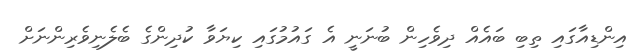
އިންޑިއާގައި ތިބި ބައެއް ދިވެހިން ބުނަނީ އެ ގައުމުގައި ކިޔަވާ ކުދިންގެ ބެލެނިވެރިންނަށް